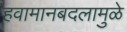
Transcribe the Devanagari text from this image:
हवामानबदलामुळे